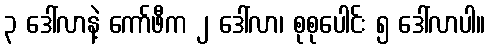
၃ ဒေါ်လာနဲ့ ကော်ဖီက ၂ ဒေါ်လာ၊ စုစုပေါင်း ၅ ဒေါ်လာပါ။